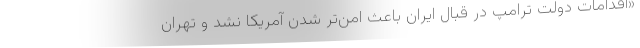
«اقدامات دولت ترامپ در قبال ایران باعث امن‌تر شدن آمریکا نشد و تهران